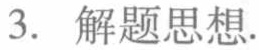
3. 解题思想.